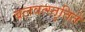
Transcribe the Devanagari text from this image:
बलवत्स्तुतिते